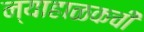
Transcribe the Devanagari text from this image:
न्याहाळकची